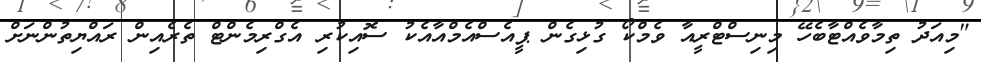
"މިއަދު ތިމާވެއްޓާބެހޭ މިނިސްޓްރީއާ ވެމްކޯ ގުޅިގެން ޕީއެސްއެމްއާއެކު ސޮއިކުރި އެގްރިމެންޓް ތެރެއިން ރައްޔިތުންނަށް